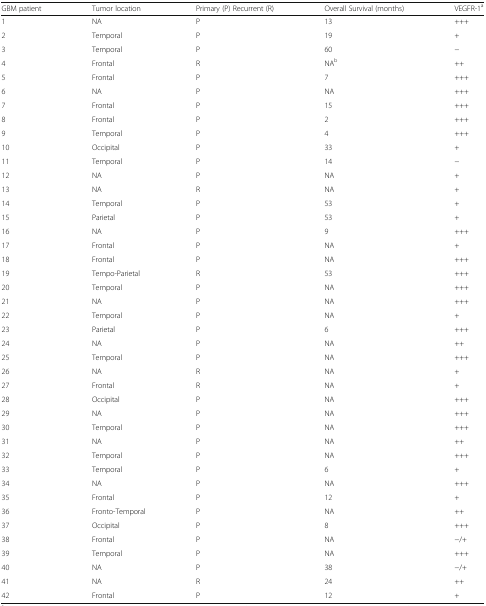
<table><thead><tr><td><b>GBM patient</b></td><td><b>Tumor location</b></td><td><b>Primary (P) Recurrent (R)</b></td><td><b>Overall Survival (months)</b></td><td><b>VEGFR-1<sup>a</sup></b></td></tr></thead><tbody><tr><td>1</td><td>NA</td><td>P</td><td>13</td><td>+++</td></tr><tr><td>2</td><td>Temporal</td><td>P</td><td>19</td><td>+</td></tr><tr><td>3</td><td>Temporal</td><td>P</td><td>60</td><td>−</td></tr><tr><td>4</td><td>Frontal</td><td>R</td><td>NA<sup>b</sup></td><td>++</td></tr><tr><td>5</td><td>Frontal</td><td>P</td><td>7</td><td>+++</td></tr><tr><td>6</td><td>NA</td><td>P</td><td>NA</td><td>+++</td></tr><tr><td>7</td><td>Frontal</td><td>P</td><td>15</td><td>+++</td></tr><tr><td>8</td><td>Frontal</td><td>P</td><td>2</td><td>+++</td></tr><tr><td>9</td><td>Temporal</td><td>P</td><td>4</td><td>+++</td></tr><tr><td>10</td><td>Occipital</td><td>P</td><td>33</td><td>+</td></tr><tr><td>11</td><td>Temporal</td><td>P</td><td>14</td><td>−</td></tr><tr><td>12</td><td>NA</td><td>P</td><td>NA</td><td>+</td></tr><tr><td>13</td><td>NA</td><td>R</td><td>NA</td><td>+</td></tr><tr><td>14</td><td>Temporal</td><td>P</td><td>53</td><td>+</td></tr><tr><td>15</td><td>Parietal</td><td>P</td><td>53</td><td>+</td></tr><tr><td>16</td><td>NA</td><td>P</td><td>9</td><td>+++</td></tr><tr><td>17</td><td>Frontal</td><td>P</td><td>NA</td><td>+</td></tr><tr><td>18</td><td>Frontal</td><td>P</td><td>NA</td><td>+++</td></tr><tr><td>19</td><td>Tempo-Parietal</td><td>R</td><td>53</td><td>+++</td></tr><tr><td>20</td><td>Temporal</td><td>P</td><td>NA</td><td>+++</td></tr><tr><td>21</td><td>NA</td><td>P</td><td>NA</td><td>+++</td></tr><tr><td>22</td><td>Temporal</td><td>P</td><td>NA</td><td>+</td></tr><tr><td>23</td><td>Parietal</td><td>P</td><td>6</td><td>+++</td></tr><tr><td>24</td><td>NA</td><td>P</td><td>NA</td><td>++</td></tr><tr><td>25</td><td>Temporal</td><td>P</td><td>NA</td><td>+++</td></tr><tr><td>26</td><td>NA</td><td>R</td><td>NA</td><td>+</td></tr><tr><td>27</td><td>Frontal</td><td>R</td><td>NA</td><td>+</td></tr><tr><td>28</td><td>Occipital</td><td>P</td><td>NA</td><td>+++</td></tr><tr><td>29</td><td>NA</td><td>P</td><td>NA</td><td>+++</td></tr><tr><td>30</td><td>Temporal</td><td>P</td><td>NA</td><td>+++</td></tr><tr><td>31</td><td>NA</td><td>P</td><td>NA</td><td>++</td></tr><tr><td>32</td><td>Temporal</td><td>P</td><td>NA</td><td>+++</td></tr><tr><td>33</td><td>Temporal</td><td>P</td><td>6</td><td>+</td></tr><tr><td>34</td><td>NA</td><td>P</td><td>NA</td><td>+++</td></tr><tr><td>35</td><td>Frontal</td><td>P</td><td>12</td><td>+</td></tr><tr><td>36</td><td>Fronto-Temporal</td><td>P</td><td>NA</td><td>++</td></tr><tr><td>37</td><td>Occipital</td><td>P</td><td>8</td><td>+++</td></tr><tr><td>38</td><td>Frontal</td><td>P</td><td>NA</td><td>−/+</td></tr><tr><td>39</td><td>Temporal</td><td>P</td><td>NA</td><td>+++</td></tr><tr><td>40</td><td>NA</td><td>P</td><td>38</td><td>−/+</td></tr><tr><td>41</td><td>NA</td><td>R</td><td>24</td><td>++</td></tr><tr><td>42</td><td>Frontal</td><td>P</td><td>12</td><td>+</td></tr></tbody></table>